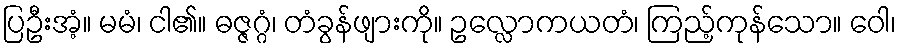
ပြဦးအံ့။ မမံ၊ ငါ၏။ ဓဇ္ဇဂ္ဂံ၊ တံခွန်ဖျားကို။ ဥလ္လောကယတံ၊ ကြည့်ကုန်သော။ ဝေါ၊